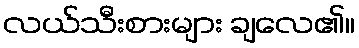
လယ်သီးစားများ ချလေ၏။